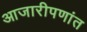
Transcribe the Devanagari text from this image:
आजारीपणांत